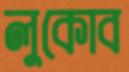
লুকোব